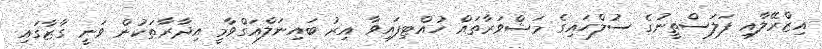
އިޒްރޭލާއި ފަލަސްތީނުގެ ސުލްހައިގެ މަޝްވަރާތައް ހުއްޓިފައިވާ އިރު ބައިނަލްއަގްވާމީ އިދާރާތަކުން ވަނީ ގާޒާގައި